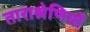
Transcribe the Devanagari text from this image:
ताराश्रेणियों